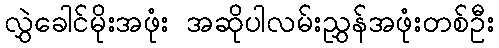
လွှဲခေါင်မိုးအဖုံး အဆိုပါလမ်းညွှန်အဖုံးတစ်ဦး